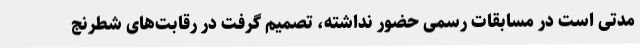
مدتی است در مسابقات رسمی حضور نداشته، تصمیم گرفت در رقابت‌های شطرنج